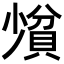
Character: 𪨄